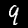
Digit: 9